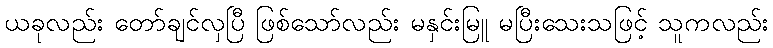
ယခုလည်း တော်ချင်လှပြီ ဖြစ်သော်လည်း မနှင်းမြူ မပြီးသေးသဖြင့် သူကလည်း